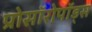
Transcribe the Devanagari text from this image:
प्रोसॉरोपॉड्स